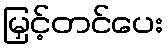
မြှင့်တင်ပေး